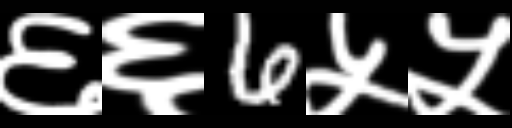
Text: ६६6५५